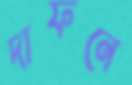
দাফনে